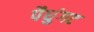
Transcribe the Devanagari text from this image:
पैधुंगट